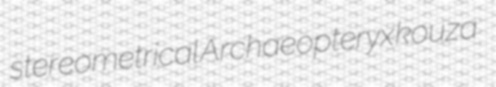
stereometrical Archaeopteryx kouza